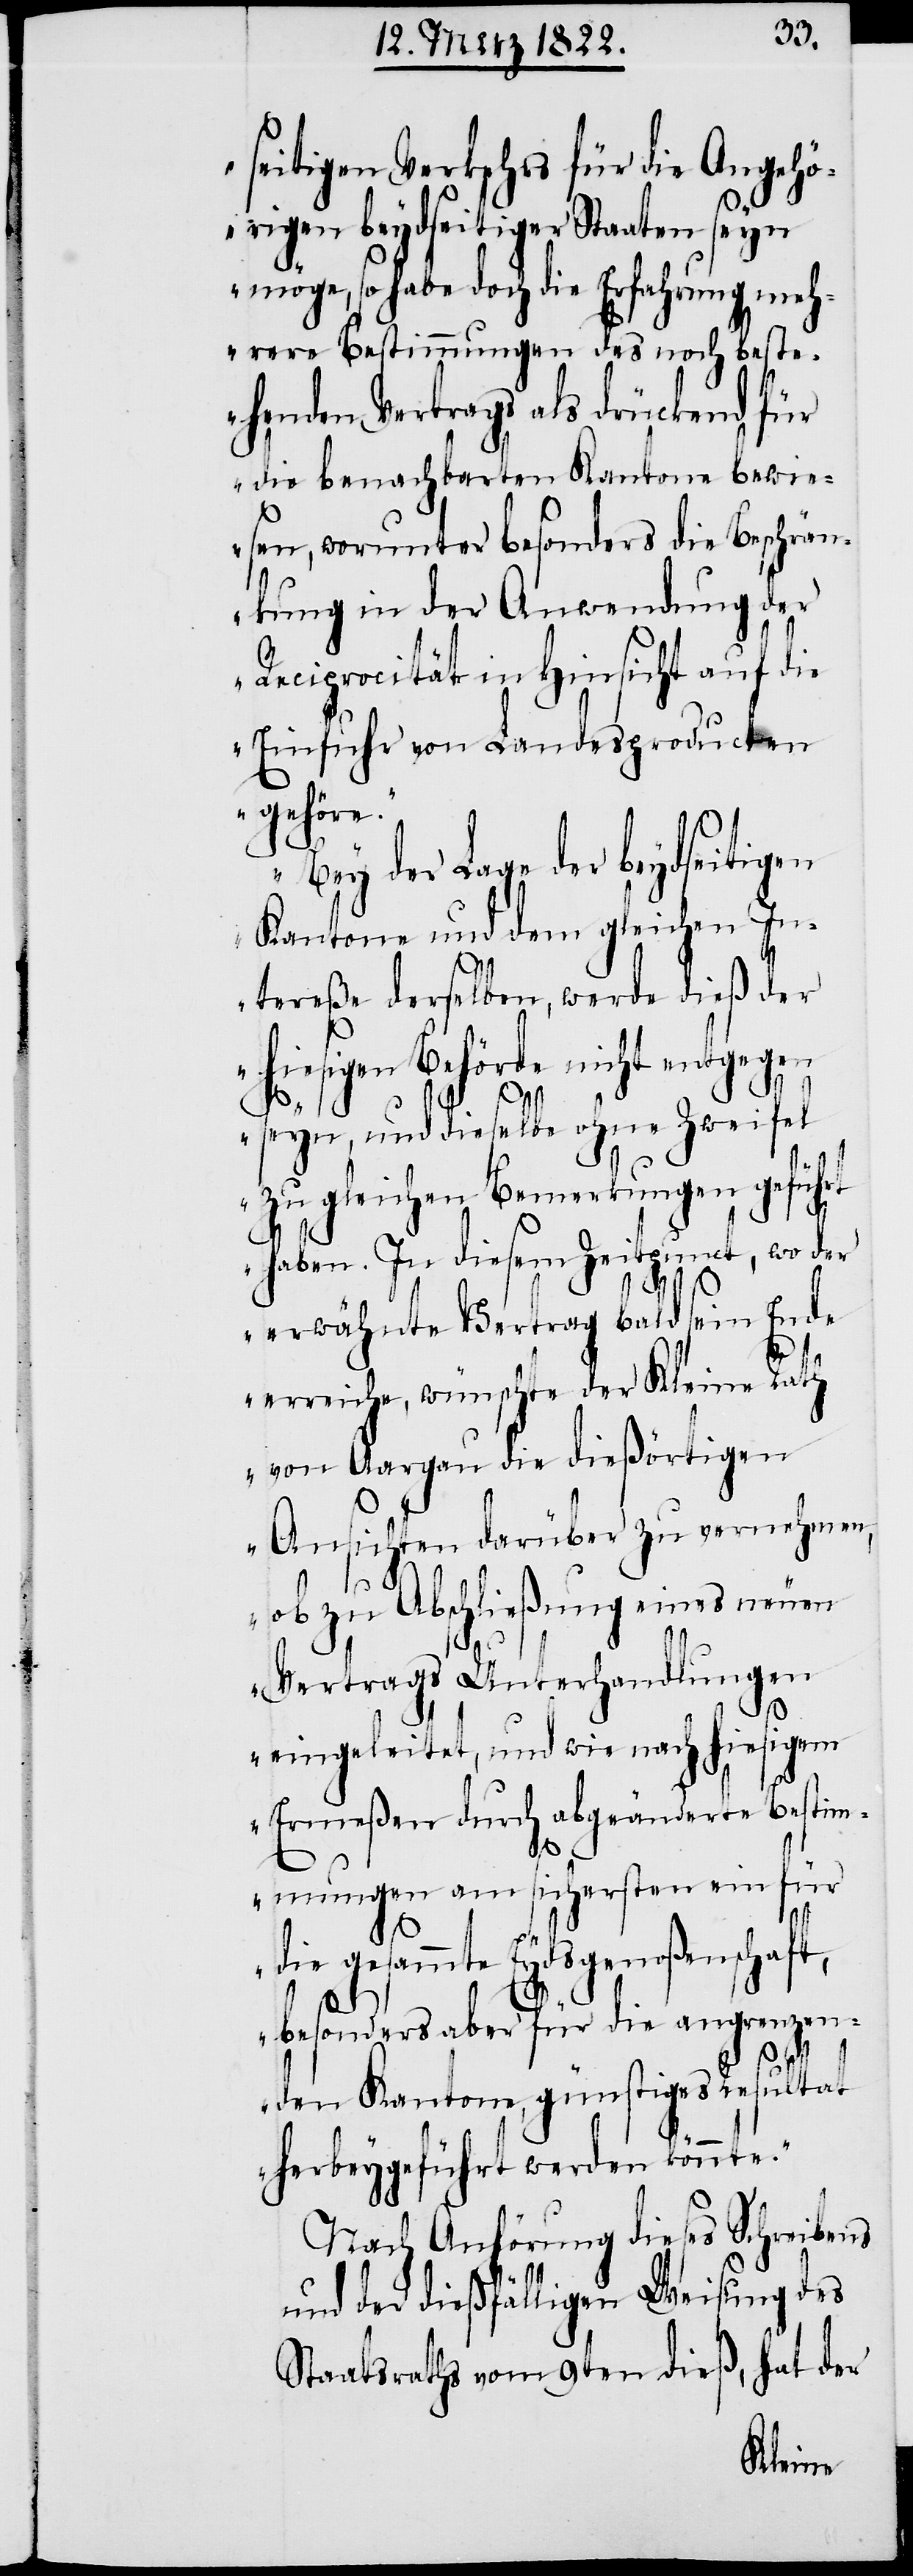
seitigen Verkehrs für die Angehö¬
rigen beydseitiger Staaten seyn
möge, so habe doch die Erfahrung meh¬
rere Bestimmungen des noch beste¬
henden Vertrags als drückend für
die benachbarten Kantone bewie¬
sen, worunter besonders die Beschrän¬
kung in der Anwendung der
Reciprocität in Hinsicht auf die
Einfuhr von Landesproducten
gehöre.
Bey der Lage der beydseitigen
Kantone und dem gleichen I¬
ntereße derselben, werde dieß der
hiesigen Behörde nicht entgegen
seyn, und dieselbe ohne Zweifel
zu gleichen Bemerkungen geführt
haben. Zu diesem Zeitpunct, wo der
erwähnte Vertrag bald sein Ende
erreiche, wünschte der Kleine Rath
von Aargau die dießörtigen
Ansichten darüber zu vernehmen,
ob zu Abschließung eines neuen
Vertrags Unterhandlungen
eingeleitet, und wie nach hiesigem
Ermeßen durch abgeänderte Bestim¬
mungen am sichersten ein für
die gesammte Eydsgenoßenschaft,
besonders aber für die angrenzen¬
den Kantone, günstiges Resultat
herbeygeführt werden könnte.“
Nach Anhörung dieses Schreibens
und der dießfälligen Weisung des
Staatsrathes vom 9ten dieß, hat der